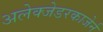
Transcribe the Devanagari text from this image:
अलेक्जेडरकाजेर्न